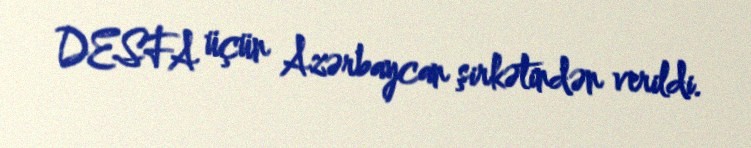
DESFA üçün Azərbaycan şirkətindən verildi.